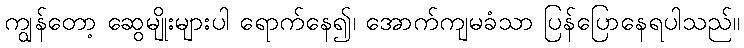
ကျွန်တော့ ဆွေမျိုးများပါ ရောက်နေ၍၊ အောက်ကျမခံသာ ပြန်ပြောနေရပါသည်။